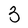
Character: 3